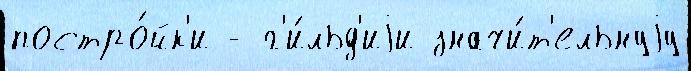
постро́йк'и - г'и́льд'иjи значи́т'ельнуjу